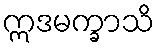
ဣဒမက္ခာသိ